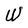
Character: W